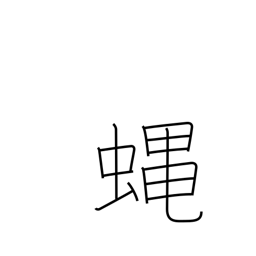
Meaning: fly